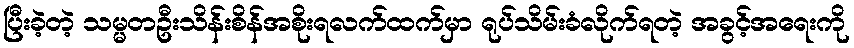
ပြီးခဲ့တဲ့ သမ္မတဦးသိန်းစိန်အစိုးရလက်ထက်မှာ ရုပ်သိမ်းခံလိုက်ရတဲ့ အခွင့်အရေးကို